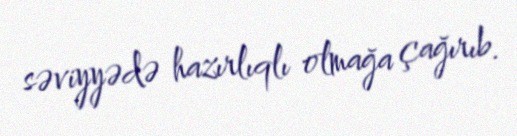
səviyyədə hazırlıqlı olmağa çağırıb.